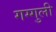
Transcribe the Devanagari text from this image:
गग्गुली